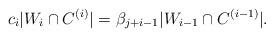
LaTeX: \begin{align*}{c_{i}}|W_i \cap C^{(i)}| ={\beta_{j+i-1}}|W_{i-1} \cap C^{(i-1)}|.\end{align*}